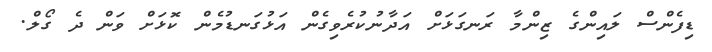
ޑިފެންސް ލައިންގެ ޒިންމާ ރަނގަޅަށް އަދާނުކުރެވިގެން އަޅުގަނޑުމެން ކޮޅަށް ވަން ދެ ގޯލް.